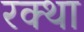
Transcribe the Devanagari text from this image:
रक्था